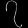
Digit: ၇